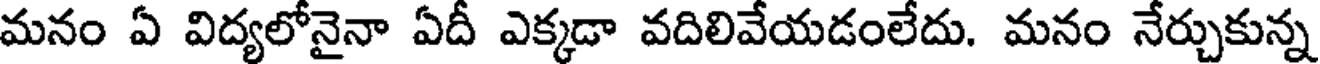
మనం ఏ విద్యలోనైనా ఏదీ ఎక్కడా వదిలివేయడంలేదు. మనం నేర్చుకున్న